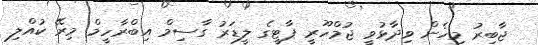
ޖާބިރު މިހެން ވިދާޅުވީ ޖުމްހޫރީ ޕާޓީގެ ލީޑަރު ގާސިމް އިބްރާހީމް މިރޭ ކުއްލި